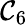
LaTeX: \mathcal{C}_{6}